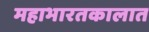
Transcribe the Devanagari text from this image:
महाभारतकालात